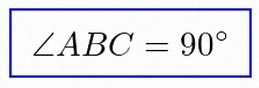
\angle ABC=90^\circ